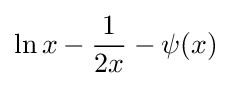
\ln x-{\frac {1}{2x}}-\psi (x)